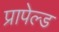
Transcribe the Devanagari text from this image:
प्रापेल्ड